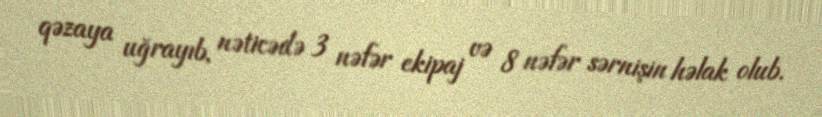
qəzaya uğrayıb, nəticədə 3 nəfər ekipaj və 8 nəfər sərnişin həlak olub.